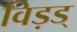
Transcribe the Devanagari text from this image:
विड़ड्